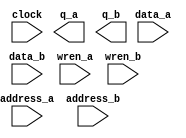
// megafunction wizard: %RAM: 2-PORT%VBB%
// GENERATION: STANDARD
// VERSION: WM1.0
// MODULE: altsyncram 

// ============================================================
// Megafunction Name(s):
// 			altsyncram
//
// Simulation Library Files(s):
// 			altera_mf
// ============================================================
// ************************************************************
// THIS IS A WIZARD-GENERATED FILE. DO NOT EDIT THIS FILE!
//
// 18.0.0 Build 614 04/24/2018 SJ Standard Edition
// ************************************************************

//Copyright (C) 2018  Intel Corporation. All rights reserved.
//Your use of Intel Corporation's design tools, logic functions 
//and other software and tools, and its AMPP partner logic 
//functions, and any output files from any of the foregoing 
//(including device programming or simulation files), and any 
//associated documentation or information are expressly subject 
//to the terms and conditions of the Intel Program License 
//Subscription Agreement, the Intel Quartus Prime License Agreement,
//the Intel FPGA IP License Agreement, or other applicable license
//agreement, including, without limitation, that your use is for
//the sole purpose of programming logic devices manufactured by
//Intel and sold by Intel or its authorized distributors.  Please
//refer to the applicable agreement for further details.

module bulletRAM (
	address_a,
	address_b,
	clock,
	data_a,
	data_b,
	wren_a,
	wren_b,
	q_a,
	q_b);

	input	[6:0]  address_a;
	input	[6:0]  address_b;
	input	  clock;
	input	[19:0]  data_a;
	input	[19:0]  data_b;
	input	  wren_a;
	input	  wren_b;
	output	[19:0]  q_a;
	output	[19:0]  q_b;
`ifndef ALTERA_RESERVED_QIS
// synopsys translate_off
`endif
	tri1	  clock;
	tri0	  wren_a;
	tri0	  wren_b;
`ifndef ALTERA_RESERVED_QIS
// synopsys translate_on
`endif

endmodule

// ============================================================
// CNX file retrieval info
// ============================================================
// Retrieval info: PRIVATE: ADDRESSSTALL_A NUMERIC "0"
// Retrieval info: PRIVATE: ADDRESSSTALL_B NUMERIC "0"
// Retrieval info: PRIVATE: BYTEENA_ACLR_A NUMERIC "0"
// Retrieval info: PRIVATE: BYTEENA_ACLR_B NUMERIC "0"
// Retrieval info: PRIVATE: BYTE_ENABLE_A NUMERIC "0"
// Retrieval info: PRIVATE: BYTE_ENABLE_B NUMERIC "0"
// Retrieval info: PRIVATE: BYTE_SIZE NUMERIC "8"
// Retrieval info: PRIVATE: BlankMemory NUMERIC "0"
// Retrieval info: PRIVATE: CLOCK_ENABLE_INPUT_A NUMERIC "0"
// Retrieval info: PRIVATE: CLOCK_ENABLE_INPUT_B NUMERIC "0"
// Retrieval info: PRIVATE: CLOCK_ENABLE_OUTPUT_A NUMERIC "0"
// Retrieval info: PRIVATE: CLOCK_ENABLE_OUTPUT_B NUMERIC "0"
// Retrieval info: PRIVATE: CLRdata NUMERIC "0"
// Retrieval info: PRIVATE: CLRq NUMERIC "0"
// Retrieval info: PRIVATE: CLRrdaddress NUMERIC "0"
// Retrieval info: PRIVATE: CLRrren NUMERIC "0"
// Retrieval info: PRIVATE: CLRwraddress NUMERIC "0"
// Retrieval info: PRIVATE: CLRwren NUMERIC "0"
// Retrieval info: PRIVATE: Clock NUMERIC "0"
// Retrieval info: PRIVATE: Clock_A NUMERIC "0"
// Retrieval info: PRIVATE: Clock_B NUMERIC "0"
// Retrieval info: PRIVATE: IMPLEMENT_IN_LES NUMERIC "0"
// Retrieval info: PRIVATE: INDATA_ACLR_B NUMERIC "0"
// Retrieval info: PRIVATE: INDATA_REG_B NUMERIC "1"
// Retrieval info: PRIVATE: INIT_FILE_LAYOUT STRING "PORT_A"
// Retrieval info: PRIVATE: INIT_TO_SIM_X NUMERIC "0"
// Retrieval info: PRIVATE: INTENDED_DEVICE_FAMILY STRING "Cyclone V"
// Retrieval info: PRIVATE: JTAG_ENABLED NUMERIC "0"
// Retrieval info: PRIVATE: JTAG_ID STRING "NONE"
// Retrieval info: PRIVATE: MAXIMUM_DEPTH NUMERIC "0"
// Retrieval info: PRIVATE: MEMSIZE NUMERIC "2560"
// Retrieval info: PRIVATE: MEM_IN_BITS NUMERIC "0"
// Retrieval info: PRIVATE: MIFfilename STRING "bulletInit.mif"
// Retrieval info: PRIVATE: OPERATION_MODE NUMERIC "3"
// Retrieval info: PRIVATE: OUTDATA_ACLR_B NUMERIC "0"
// Retrieval info: PRIVATE: OUTDATA_REG_B NUMERIC "1"
// Retrieval info: PRIVATE: RAM_BLOCK_TYPE NUMERIC "0"
// Retrieval info: PRIVATE: READ_DURING_WRITE_MODE_MIXED_PORTS NUMERIC "2"
// Retrieval info: PRIVATE: READ_DURING_WRITE_MODE_PORT_A NUMERIC "3"
// Retrieval info: PRIVATE: READ_DURING_WRITE_MODE_PORT_B NUMERIC "3"
// Retrieval info: PRIVATE: REGdata NUMERIC "1"
// Retrieval info: PRIVATE: REGq NUMERIC "1"
// Retrieval info: PRIVATE: REGrdaddress NUMERIC "0"
// Retrieval info: PRIVATE: REGrren NUMERIC "0"
// Retrieval info: PRIVATE: REGwraddress NUMERIC "1"
// Retrieval info: PRIVATE: REGwren NUMERIC "1"
// Retrieval info: PRIVATE: SYNTH_WRAPPER_GEN_POSTFIX STRING "0"
// Retrieval info: PRIVATE: USE_DIFF_CLKEN NUMERIC "0"
// Retrieval info: PRIVATE: UseDPRAM NUMERIC "1"
// Retrieval info: PRIVATE: VarWidth NUMERIC "0"
// Retrieval info: PRIVATE: WIDTH_READ_A NUMERIC "20"
// Retrieval info: PRIVATE: WIDTH_READ_B NUMERIC "20"
// Retrieval info: PRIVATE: WIDTH_WRITE_A NUMERIC "20"
// Retrieval info: PRIVATE: WIDTH_WRITE_B NUMERIC "20"
// Retrieval info: PRIVATE: WRADDR_ACLR_B NUMERIC "0"
// Retrieval info: PRIVATE: WRADDR_REG_B NUMERIC "1"
// Retrieval info: PRIVATE: WRCTRL_ACLR_B NUMERIC "0"
// Retrieval info: PRIVATE: enable NUMERIC "0"
// Retrieval info: PRIVATE: rden NUMERIC "0"
// Retrieval info: LIBRARY: altera_mf altera_mf.altera_mf_components.all
// Retrieval info: CONSTANT: ADDRESS_REG_B STRING "CLOCK0"
// Retrieval info: CONSTANT: CLOCK_ENABLE_INPUT_A STRING "BYPASS"
// Retrieval info: CONSTANT: CLOCK_ENABLE_INPUT_B STRING "BYPASS"
// Retrieval info: CONSTANT: CLOCK_ENABLE_OUTPUT_A STRING "BYPASS"
// Retrieval info: CONSTANT: CLOCK_ENABLE_OUTPUT_B STRING "BYPASS"
// Retrieval info: CONSTANT: INDATA_REG_B STRING "CLOCK0"
// Retrieval info: CONSTANT: INIT_FILE STRING "bulletInit.mif"
// Retrieval info: CONSTANT: INTENDED_DEVICE_FAMILY STRING "Cyclone V"
// Retrieval info: CONSTANT: LPM_TYPE STRING "altsyncram"
// Retrieval info: CONSTANT: NUMWORDS_A NUMERIC "128"
// Retrieval info: CONSTANT: NUMWORDS_B NUMERIC "128"
// Retrieval info: CONSTANT: OPERATION_MODE STRING "BIDIR_DUAL_PORT"
// Retrieval info: CONSTANT: OUTDATA_ACLR_A STRING "NONE"
// Retrieval info: CONSTANT: OUTDATA_ACLR_B STRING "NONE"
// Retrieval info: CONSTANT: OUTDATA_REG_A STRING "CLOCK0"
// Retrieval info: CONSTANT: OUTDATA_REG_B STRING "CLOCK0"
// Retrieval info: CONSTANT: POWER_UP_UNINITIALIZED STRING "FALSE"
// Retrieval info: CONSTANT: READ_DURING_WRITE_MODE_MIXED_PORTS STRING "DONT_CARE"
// Retrieval info: CONSTANT: READ_DURING_WRITE_MODE_PORT_A STRING "NEW_DATA_NO_NBE_READ"
// Retrieval info: CONSTANT: READ_DURING_WRITE_MODE_PORT_B STRING "NEW_DATA_NO_NBE_READ"
// Retrieval info: CONSTANT: WIDTHAD_A NUMERIC "7"
// Retrieval info: CONSTANT: WIDTHAD_B NUMERIC "7"
// Retrieval info: CONSTANT: WIDTH_A NUMERIC "20"
// Retrieval info: CONSTANT: WIDTH_B NUMERIC "20"
// Retrieval info: CONSTANT: WIDTH_BYTEENA_A NUMERIC "1"
// Retrieval info: CONSTANT: WIDTH_BYTEENA_B NUMERIC "1"
// Retrieval info: CONSTANT: WRCONTROL_WRADDRESS_REG_B STRING "CLOCK0"
// Retrieval info: USED_PORT: address_a 0 0 7 0 INPUT NODEFVAL "address_a[6..0]"
// Retrieval info: USED_PORT: address_b 0 0 7 0 INPUT NODEFVAL "address_b[6..0]"
// Retrieval info: USED_PORT: clock 0 0 0 0 INPUT VCC "clock"
// Retrieval info: USED_PORT: data_a 0 0 20 0 INPUT NODEFVAL "data_a[19..0]"
// Retrieval info: USED_PORT: data_b 0 0 20 0 INPUT NODEFVAL "data_b[19..0]"
// Retrieval info: USED_PORT: q_a 0 0 20 0 OUTPUT NODEFVAL "q_a[19..0]"
// Retrieval info: USED_PORT: q_b 0 0 20 0 OUTPUT NODEFVAL "q_b[19..0]"
// Retrieval info: USED_PORT: wren_a 0 0 0 0 INPUT GND "wren_a"
// Retrieval info: USED_PORT: wren_b 0 0 0 0 INPUT GND "wren_b"
// Retrieval info: CONNECT: @address_a 0 0 7 0 address_a 0 0 7 0
// Retrieval info: CONNECT: @address_b 0 0 7 0 address_b 0 0 7 0
// Retrieval info: CONNECT: @clock0 0 0 0 0 clock 0 0 0 0
// Retrieval info: CONNECT: @data_a 0 0 20 0 data_a 0 0 20 0
// Retrieval info: CONNECT: @data_b 0 0 20 0 data_b 0 0 20 0
// Retrieval info: CONNECT: @wren_a 0 0 0 0 wren_a 0 0 0 0
// Retrieval info: CONNECT: @wren_b 0 0 0 0 wren_b 0 0 0 0
// Retrieval info: CONNECT: q_a 0 0 20 0 @q_a 0 0 20 0
// Retrieval info: CONNECT: q_b 0 0 20 0 @q_b 0 0 20 0
// Retrieval info: GEN_FILE: TYPE_NORMAL bulletRAM.v TRUE
// Retrieval info: GEN_FILE: TYPE_NORMAL bulletRAM.inc FALSE
// Retrieval info: GEN_FILE: TYPE_NORMAL bulletRAM.cmp FALSE
// Retrieval info: GEN_FILE: TYPE_NORMAL bulletRAM.bsf FALSE
// Retrieval info: GEN_FILE: TYPE_NORMAL bulletRAM_inst.v FALSE
// Retrieval info: GEN_FILE: TYPE_NORMAL bulletRAM_bb.v TRUE
// Retrieval info: LIB_FILE: altera_mf